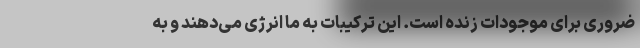
ضروری برای موجودات زنده است. این ترکیبات به ما انرژی می‌دهند و به